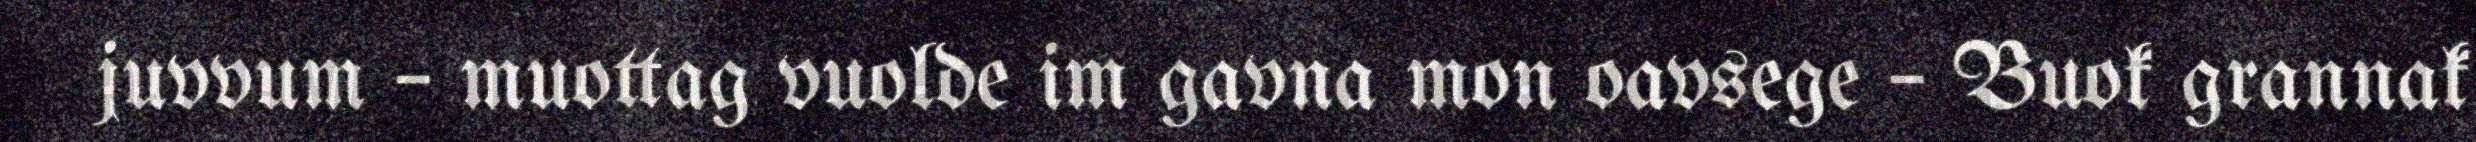
juvvum – muottag vuolde im gavna mon oavsege – Buok grannak